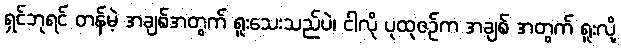
ရှင်ဘုရင် တန်မဲ့ အချစ်အတွက် ရူးသေးသည်ပဲ၊ ငါလို ပုထုဇဉ်က အချစ် အတွက် ရူးလို့